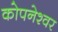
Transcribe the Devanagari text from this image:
कोपनेश्वर